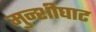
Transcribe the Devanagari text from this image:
मुन्शीघाट